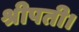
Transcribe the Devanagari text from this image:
श्रीपती।